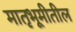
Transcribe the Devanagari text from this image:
मातृभूमीतील